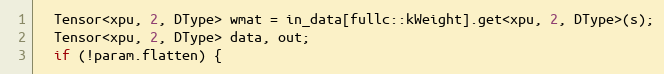
Language: C
  Tensor<xpu, 2, DType> wmat = in_data[fullc::kWeight].get<xpu, 2, DType>(s);
  Tensor<xpu, 2, DType> data, out;
  if (!param.flatten) {